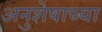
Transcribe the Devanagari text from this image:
अनुशेषाच्या